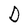
Character: D